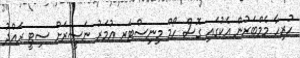
ހުރިހާ މެމްބަރުން އެކުގައި ގޮސް ހޯމް މިނިސްޓަރ އުމަރު ނަސީރަށް ސިޓީ ރައްދު